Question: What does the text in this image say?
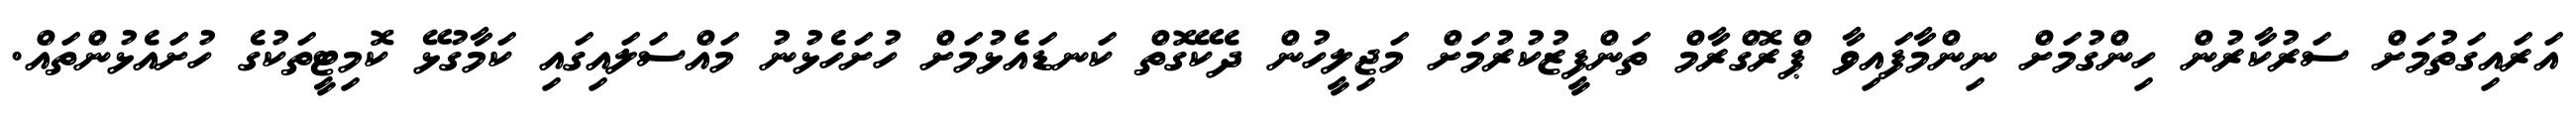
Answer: އަރައިގަތުމަށް ސަރުކާރުން ހިންގުމަށް ނިންމާފައިވާ ޕްރޮގްރާމް ތަންފީޒުކުރުމަށް މަޖިލީހުން ދެކޭގޮތް ކަނޑައެޅުމަށް ހުށަހެޅުނު މައްސަލައިގައި ކަމާގުޅޭ ކޮމިޓީތަކުގެ ހުށައެޅުންތައް.